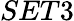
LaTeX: SET3